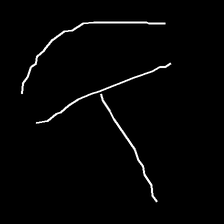
Glyph: dispersion